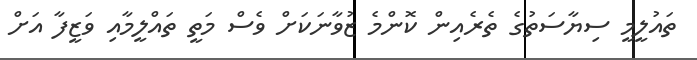
ތައުލީމީ ސިޔާސަތުގެ ތެރެއިން ކޮންމެ ޒުވާނަކަށް ވެސް މަތީ ތައްލީމާއި ވަޒީފާ އަށް